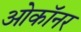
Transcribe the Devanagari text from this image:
ओकॉनर